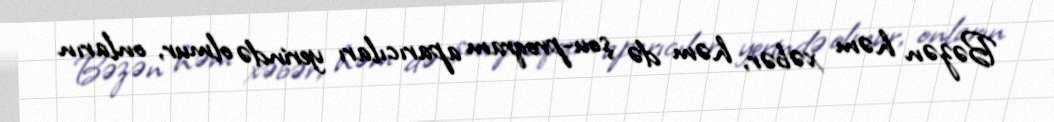
Bəzən həm xəbər, həm də şou-proqram aparıcıları yerində olmur, onların